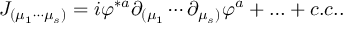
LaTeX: J _ { ( \mu _ { 1 } \cdots \mu _ { s } ) } = i \varphi ^ { * a } \partial _ { ( \mu _ { 1 } } \cdots \partial _ { \mu _ { s } ) } \varphi ^ { a } + \ldots + c . c . .